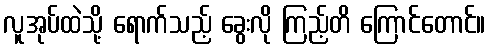
လူအုပ်ထဲသို့ ရောက်သည့် ခွေးလို ကြည့်တိ ကြောင်တောင်။